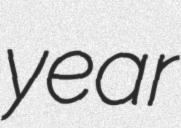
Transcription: year